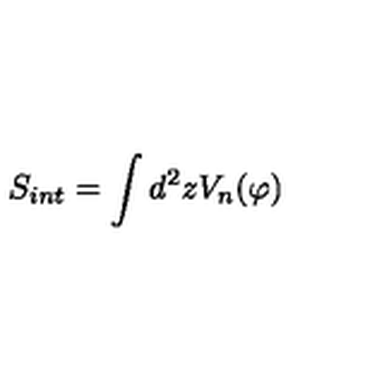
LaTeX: S _ { i n t } = \int d ^ { 2 } z V _ { n } ( \varphi )